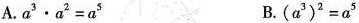
A.$$a^{3}·a^{2}=a^{5}$$ B. $$(a^{3})^{2}=a^{5}$$